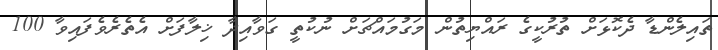
ތައިލެންޑާ ދެކޮޅަށް ތުރުކީގެ ރައްޔިތުން މަގުމައްޗަށް ނުކުތީ ގަވާއިދާ ޚިލާފަށް އެތެރެވެފައިވާ 100